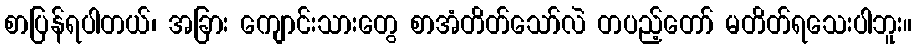
စာပြန်ရပါတယ်၊ အခြား ကျောင်းသားတွေ စာအံတိတ်သော်လဲ တပည့်တော် မတိတ်ရသေးပါဘူး။